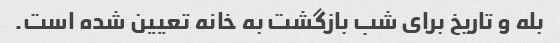
بله و تاریخ برای شب بازگشت به خانه تعیین شده است.